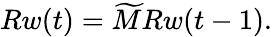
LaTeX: Rw(t)=\widetilde{M}Rw(t-1).